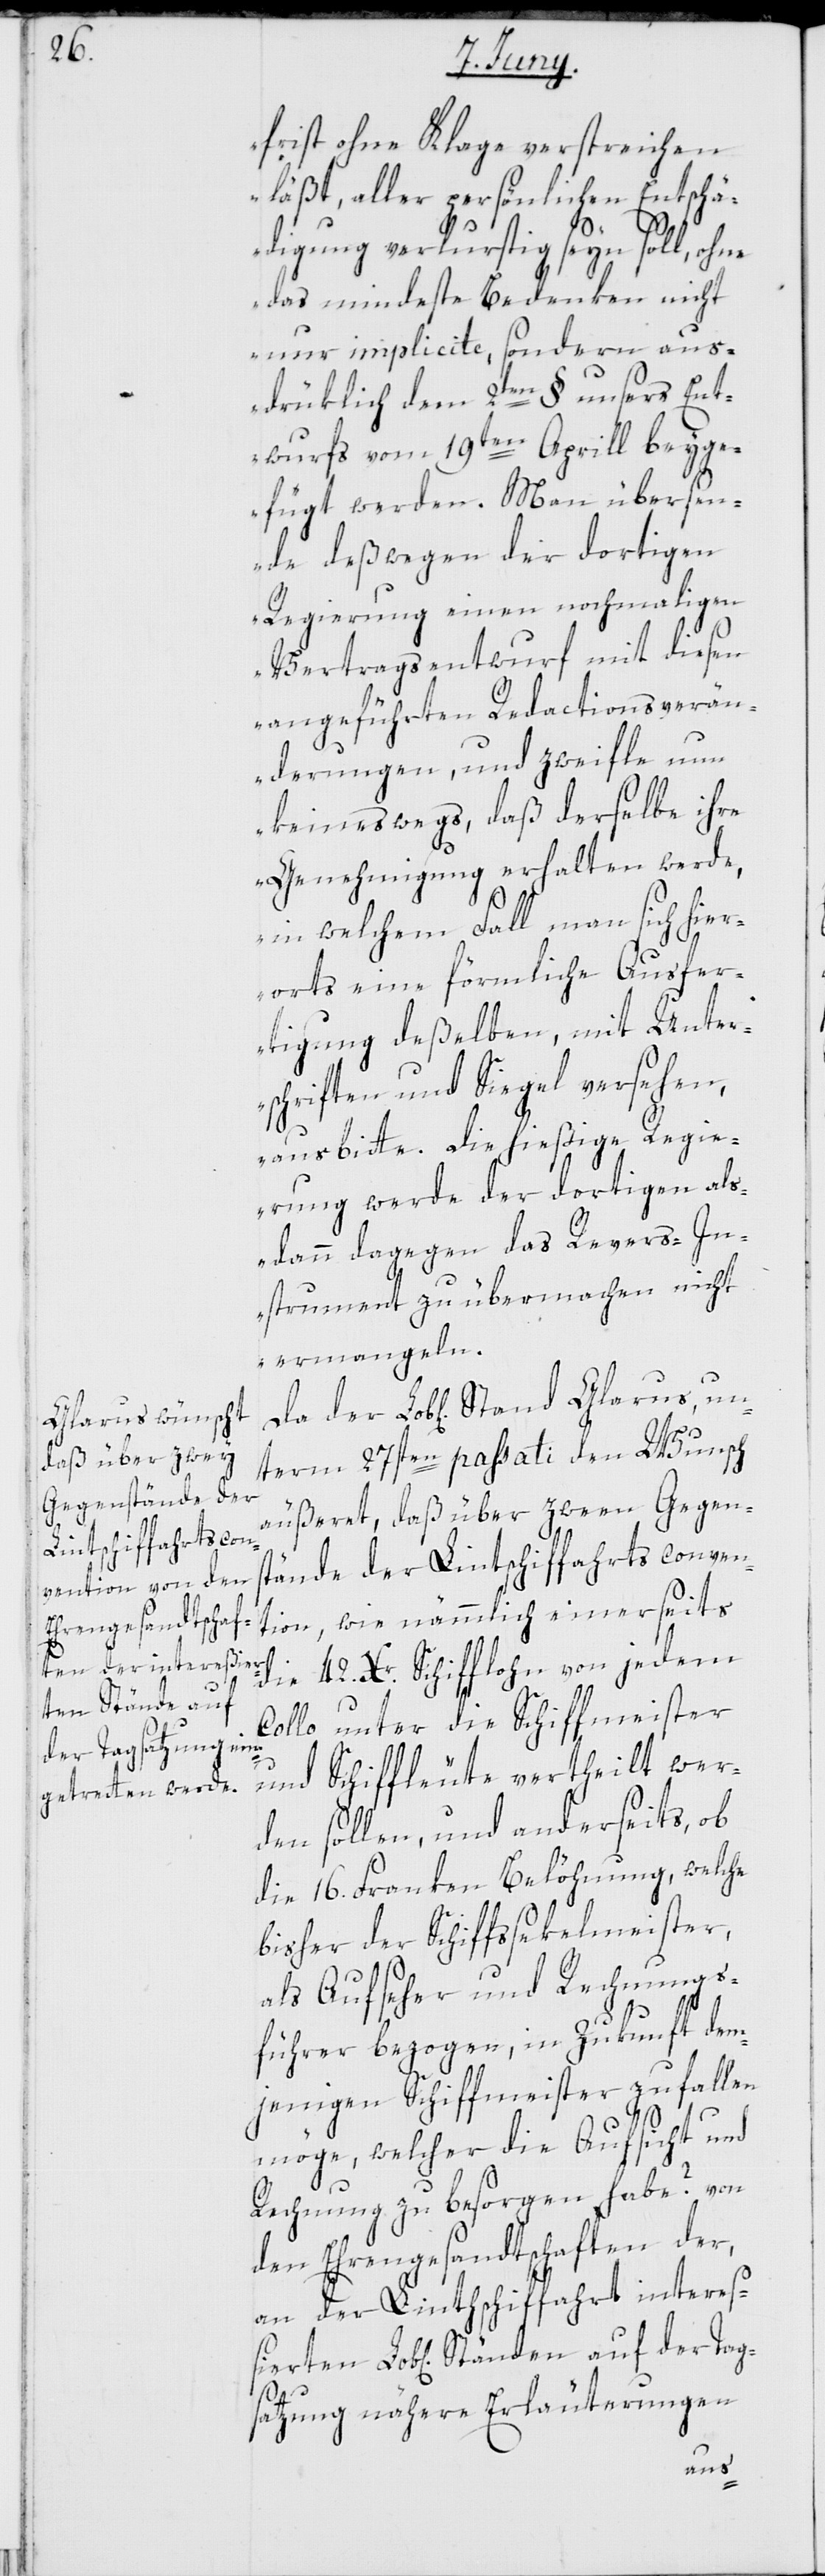
der Tag¬
frist ohne Klage verstreichen
läßt, aller persönlichen Entschä¬
digung verlurstig seyn soll, ohne
das mindeste Bedenken nicht
nur implicite, sondern aus¬
drüklich dem 2ten § unsers Ent¬
wurfs vom 19ten Aprill beyge¬
fügt werden. Man übersen¬
de deßwegen der dortigen
Regierung einen nochmaligen
Vertragsentwurf mit diesen
angeführten Redactionsverän¬
derungen, und zweifle nun
keineswegs, daß derselbe ihre
Genehmigung erhalten werde,
in welchem Fall man sich hie¬
rorts eine förmliche Ausfer¬
tigung deßelben, mit Unter¬
schriften und Siegel versehen,
ausbitte. Die hießige Regie¬
rung werde der dortigen als¬
dann dagegen das Revers-In¬
strument zu übermachen nicht
ermangeln.“
term 27sten passati den Wunsch
äußeret, daß über zween Gegen¬
stände der Linthschiffahrtsconven¬
tion, wie nämmlich einerseits
die 42. Xr. Schifflohn von jedem
Collo unter die Schiffmeister
und Schiffleute vertheilt wer¬
den sollen, und anderseits, ob
die 16. Franken Belöhnung, welche
bisher der Schiffssekelmeister,
als Aufseher und Rechnungs¬
führer bezogen, in Zukunft dem¬
jenigen Schiffmeister zufallen
möge, welcher die Aufsicht und
Rechnung zu besorgen habe? von
den Ehrengesandtschaften der,
an der Linthschiffahrt intereßi¬
satzung nähere Erläuterungen
auf